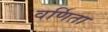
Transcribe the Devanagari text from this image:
वर्णिता